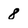
Character: 8